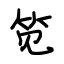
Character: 笕